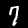
Label: 7